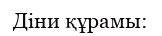
Діни құрамы: